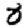
Digit: 8